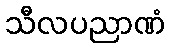
သီလပညာဏံ